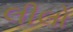
લીલો